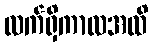
လက်ရှိကာလအထိ